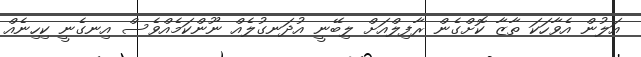
އަލުން އެވާހަކަ ތާޒާ ކޮށްގެން ރާފިލްއަށް ލިބޭނީ އުދަނގުލެއް ނޫންކަމެއްވެސް އިނގެނީ ކިހިނެއް